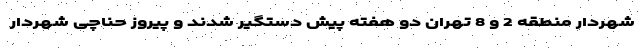
شهردار منطقه 2 و 8 تهران دو هفته پیش دستگیر شدند و پیروز حناچی شهردار